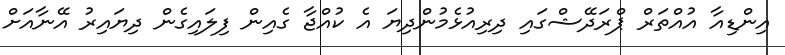
އިންޑިއާ އުއްތަރް ޕްރަދޭޝްގައި ދިރިއުޅެމުންދިޔަ އެ ކުއްޖާ ގެއިން ފިލައިގެން ދިޔައިރު އޭނާއަށް